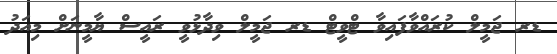
ޑރ ޖަމީލް ކުރައްވާފައިވާ ޓްވީޓް ޑރ ޖަމީލް ވިދާޅުވީ ރައީސް ޔާމީނަށް މިއަދު